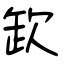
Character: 欫